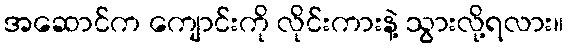
အဆောင်က ကျောင်းကို လိုင်းကားနဲ့ သွားလို့ရလား။